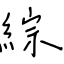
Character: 綜